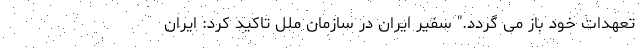
تعهدات خود باز می گردد." سفیر ایران در سازمان ملل تاکید کرد: ایران